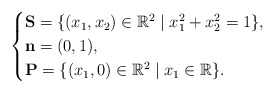
\begin{align*}\begin{cases}\mathbf{S} = \{ (x_1, x_2) \in \mathbb{R}^2 \mid x_1^2 + x_2^2 = 1 \},\\\mathbf{n} = (0, 1), \\ \mathbf{P} = \{ (x_1, 0) \in \mathbb{R}^2 \mid x_1 \in \mathbb{R} \}.\end{cases}\end{align*}